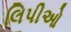
લિપીઓ